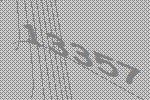
13357